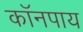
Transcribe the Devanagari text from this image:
कॉनपाय